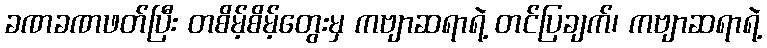
ခဏခဏဖတ်ပြီး တစိမ့်စိမ့်တွေးမှ ကဗျာဆရာရဲ့ တင်ပြချက်၊ ကဗျာဆရာရဲ့